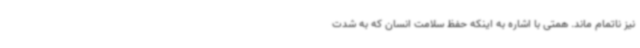
نیز ناتمام ماند. همتی با اشاره به اینکه حفظ سلامت انسان که به شدت